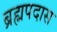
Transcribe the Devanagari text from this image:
ब्रह्मपदास